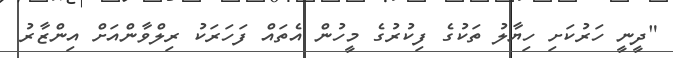
"ދީނީ ހަރުކަށި ހިޔާލު ތަކުގެ ފިކުރުގެ މީހުން އެތައް ފަހަރަކު ރިލްވާންއަށް އިންޒާރު